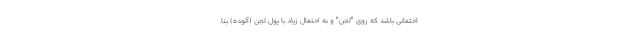
اختمانی باشد که روی "لجن" و به احتمال زیاد با پول لجن (آلوده) بنا